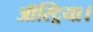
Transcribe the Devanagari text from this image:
ऑस्ट्रिया।